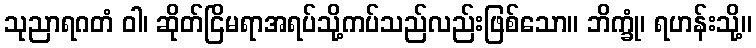
သုညာရဂတံ ဝါ၊ ဆိုတ်ငြိမရာအရပ်သို့ကပ်သည်လည်းဖြစ်သော။ ဘိက္ခုံ၊ ရဟန်းသို့။